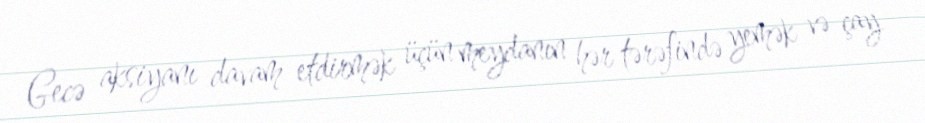
Gecə aksiyanı davam etdirmək üçün meydanın hər tərəfində yemək və çay